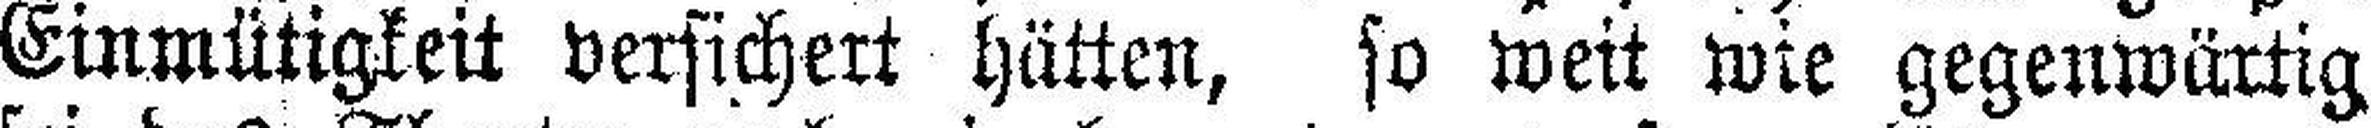
Einmütigkeit versichert hütten, so weit wie gegenwärtig